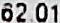
62.01